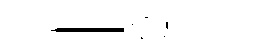
l儉鑑